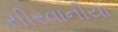
સીરવાનીયા